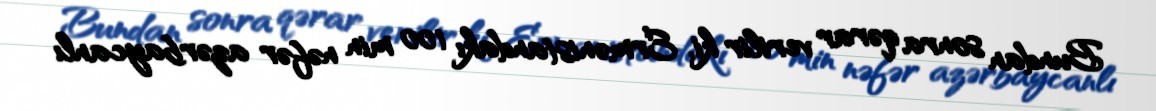
Bundan sonra qərar verilir ki, Ermənistandakı 100 min nəfər azərbaycanlı